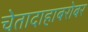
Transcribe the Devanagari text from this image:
चेतादाहाबरोबर